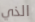
الذي